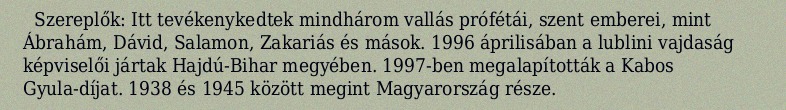
Szereplők: Itt tevékenykedtek mindhárom vallás prófétái, szent emberei, mint Ábrahám, Dávid, Salamon, Zakariás és mások. 1996 áprilisában a lublini vajdaság képviselői jártak Hajdú-Bihar megyében. 1997-ben megalapították a Kabos Gyula-díjat. 1938 és 1945 között megint Magyarország része.